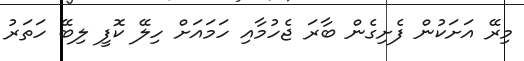
މިރޭ އަށަކުން ފެށިގެން ބާރަ ޖެހުމާއި ހަމައަށް ހިލޭ ކޮފީ ލިބޭ ހަތަރު